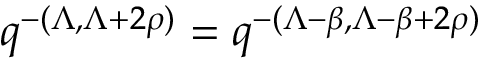
q ^ { - ( \Lambda , \Lambda + 2 \rho ) } = q ^ { - ( \Lambda - \beta , \Lambda - \beta + 2 \rho ) }